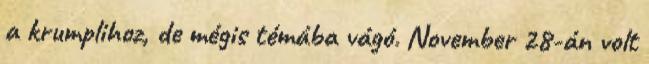
a krumplihoz, de mégis témába vágó. November 28-án volt